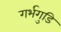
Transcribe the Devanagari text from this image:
गर्भगुडि